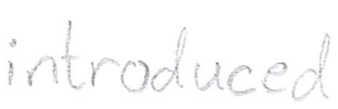
Text: introduced
Cross-out: clean
Writing tool: pencil